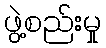
ဖွဲ့စည်းမှု